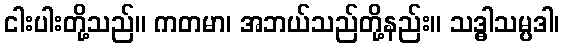
ငါးပါးတို့သည်။ ကတမာ၊ အဘယ်သည်တို့နည်း။ သဒ္ဓါသမ္ပဒါ၊